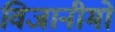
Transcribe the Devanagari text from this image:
विजानीमो